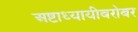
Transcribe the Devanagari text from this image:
अष्टाध्यायीबरोबर